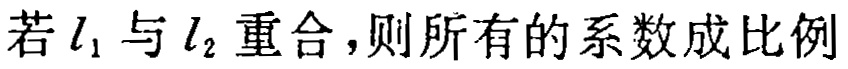
若 \(l_1\) 与 \(l_2\) 重合，则所有的系数成比例